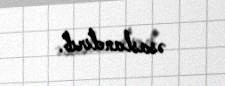
əsaslandırıb.